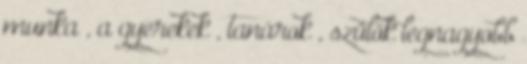
munka , a gyerekek , tanárok , szülők legnagyobb